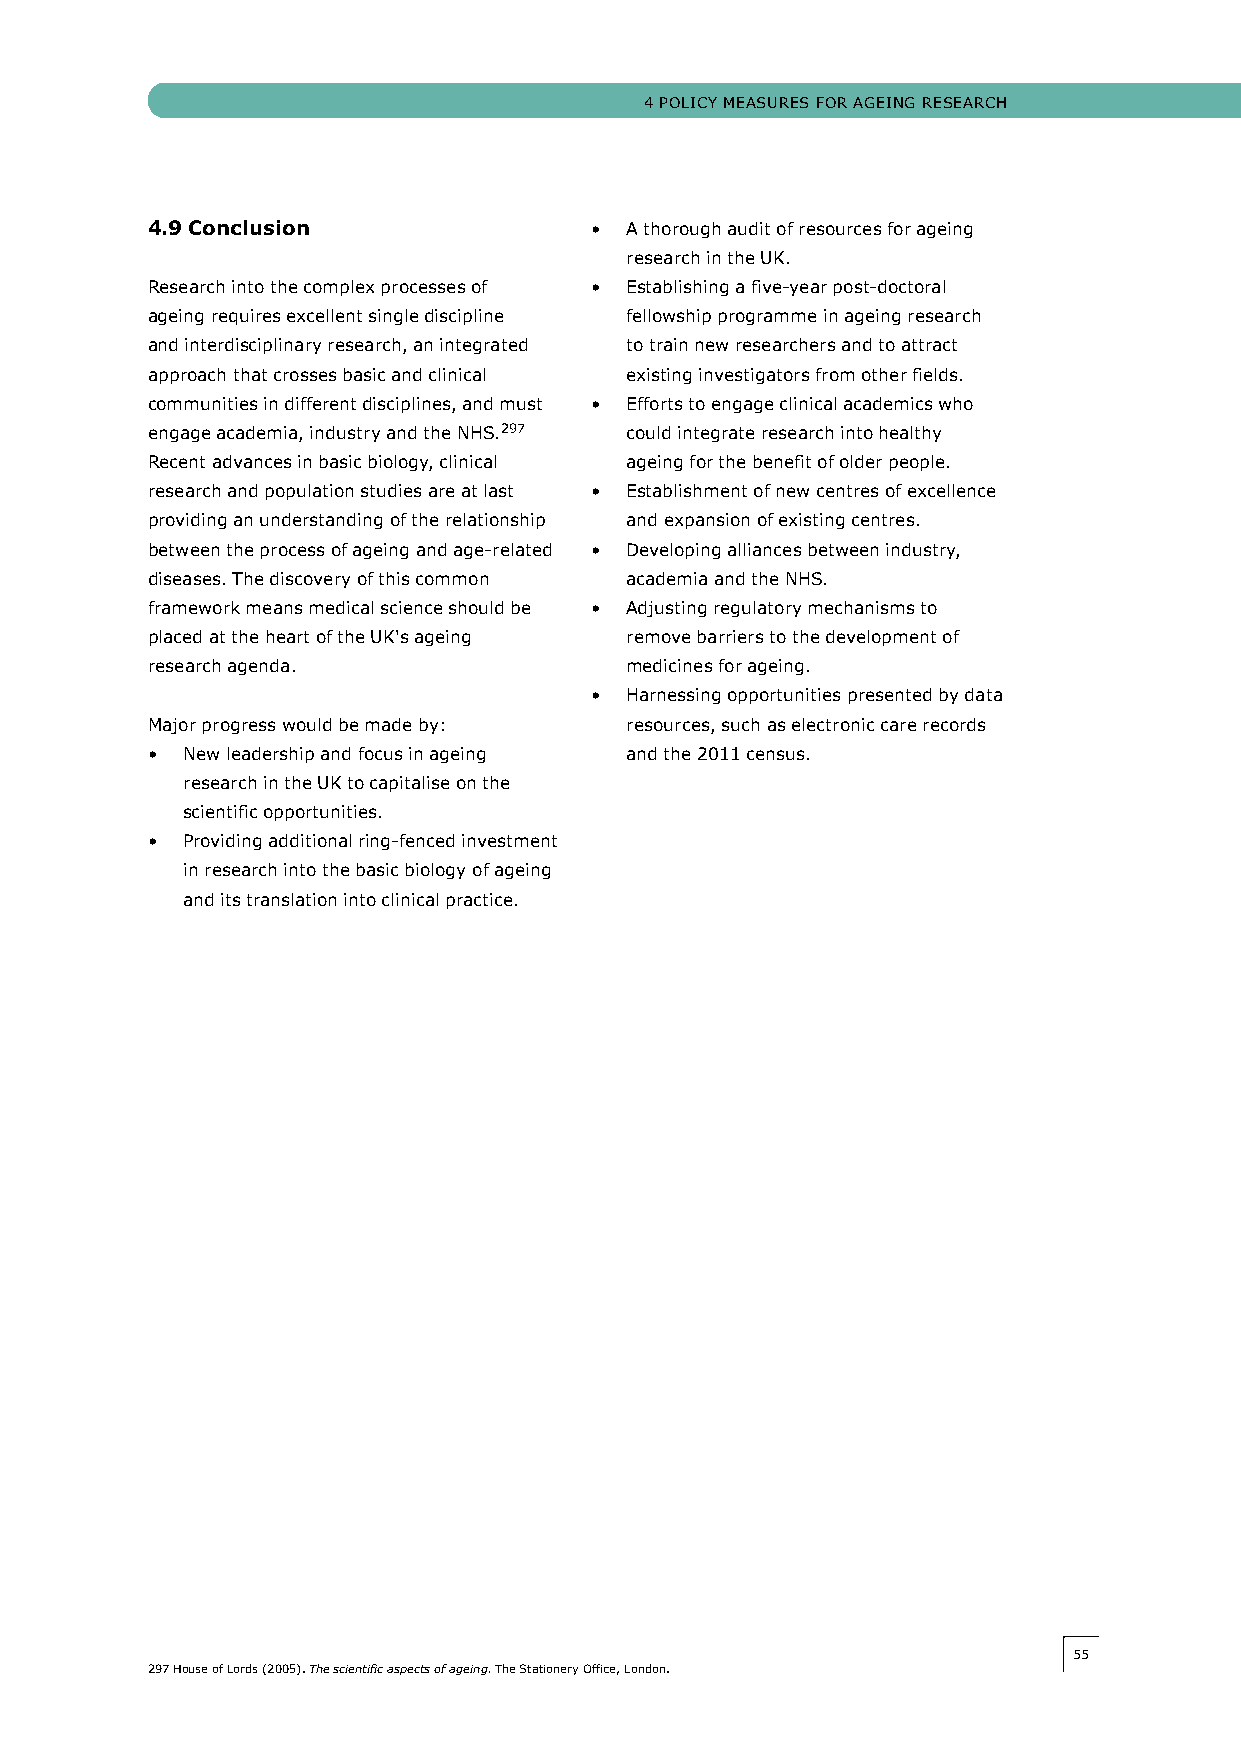
4 POLIcy MeASUReS FOR AgeINg ReSeARch
 4.9 Conclusion               • A thorough audit of resources for ageing
 research in the UK.
 Research into the complex processes of • establishing a five-year post-doctoral
 ageing requires excellent single discipline fellowship programme in ageing research
 and interdisciplinary research, an integrated to train new researchers and to attract
 approach that crosses basic and clinical existing investigators from other fields.
 communities in different disciplines, and must • efforts to engage clinical academics who
 engage academia, industry and the NhS.297 could integrate research into healthy
 Recent advances in basic biology, clinical ageing for the benefit of older people.
 research and population studies are at last • establishment of new centres of excellence
 providing an understanding of the relationship and expansion of existing centres.
 between the process of ageing and age-related • Developing alliances between industry,
 diseases. The discovery of this common academia and the NhS.
 framework means medical science should be • Adjusting regulatory mechanisms to
 placed at the heart of the UK's ageing remove barriers to the development of
 research agenda.               medicines for ageing.
 • harnessing opportunities presented by data
 Major progress would be made by: resources, such as electronic care records
 • New leadership and focus in ageing and the 2011 census.
 research in the UK to capitalise on the
 scientific opportunities.
 • Providing additional ring-fenced investment
 in research into the basic biology of ageing
 and its translation into clinical practice.
 5555
 297 house of Lords (2005). The scientific aspects of ageing. The Stationery Office, London.